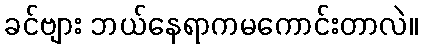
ခင်ဗျား ဘယ်နေရာကမကောင်းတာလဲ။